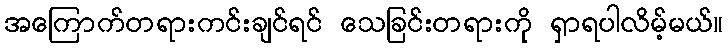
အကြောက်တရားကင်းချင်ရင် သေခြင်းတရားကို ရှာရပါလိမ့်မယ်။